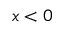
x < 0